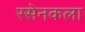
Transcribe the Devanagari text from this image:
रसेनकला